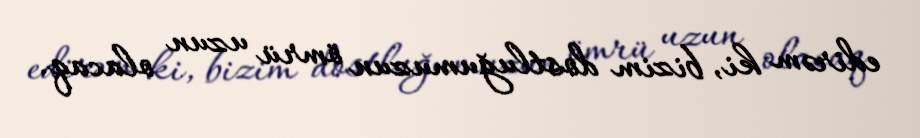
edirəm ki, bizim dostluğumuzun ömrü uzun olacaq.